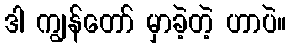
ဒါ ကျွန်တော် မှာခဲ့တဲ့ ဟာပဲ။